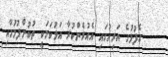
ގެފުޅުގެ އަރިހުގައި އެއުރެންކުރާ އަޅުކަމަކީ ތުބުންފުމުމާއި